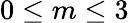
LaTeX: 0\le m\le 3